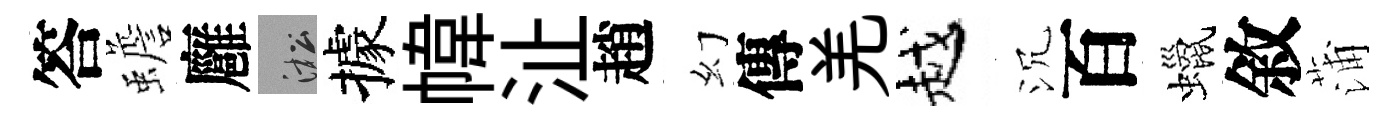
答蟾廱淞據幃沚趙幻傳羌越沉百蠟敘蒲